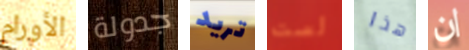
الأورام جدولة تريد لست هذا ان